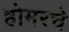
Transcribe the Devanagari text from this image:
होमरचे